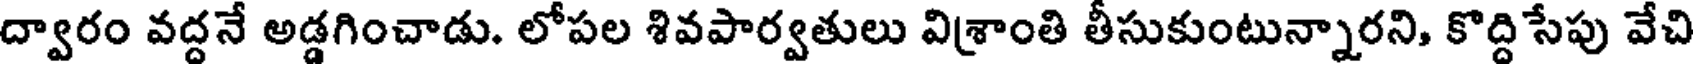
ద్వారం వద్దనే అడ్డగించాడు. లోపల శివపార్వతులు విశ్రాంతి తీసుకుంటున్నారని, కొద్దిసేపు వేచి